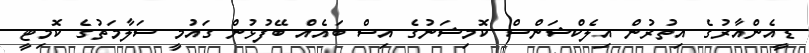
ޑީއެންއާރުގެ އިތުރުން އިލެކްޝަންސް ކޮމިޝަނުގެ އިސް ބައެއް ބޭފުޅުން ގައުމީ ސަލާމަތުގެ ކޮމިޓީ